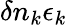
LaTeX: \delta n_{k}\epsilon_{k}